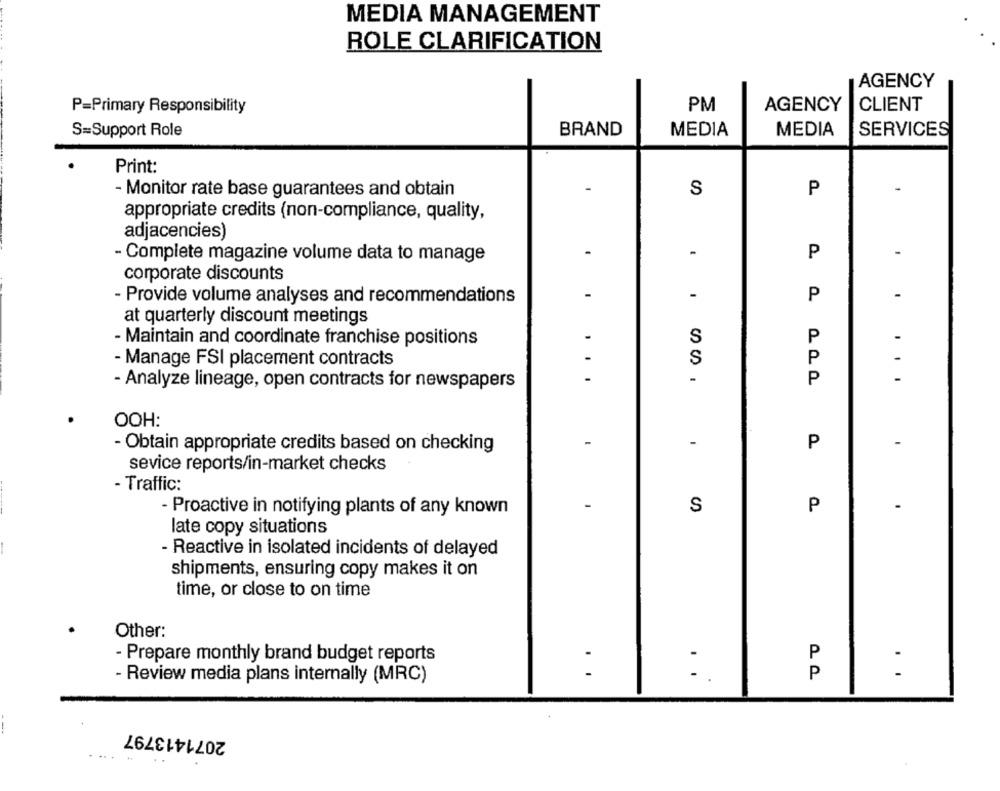
MEDIA MANAGEMENT
ROLE CLARIFICATION
AGENCY
P=Primary Responsibility
PM
AGENCY
CLIENT
S=Support Role
BRAND
MEDIA
MEDIA
SERVICES
Print:
- Monitor rate base guarantees and obtain
S
P
appropriate credits (non-compliance, quality,
adjacencies)
-
P
-
- Complete magazine volume data to manage
corporate discounts
- Provide volume analyses and recommendations
-
P
-
at quarterly discount meetings
S
P
-
- Maintain and coordinate franchise positions
- Manage FSI placement contracts
S
P
. .
P
- Analyze lineage, open contracts for newspapers
OOH:
-
-
P
-
- Obtain appropriate credits based on checking
sevice reports/in-market checks
- Traffic:
P
- Proactive in notifying plants of any known
S
late copy situations
- Reactive in isolated incidents of delayed
shipments, ensuring copy makes it on
time, or close to on time
Other:
- Prepare monthly brand budget reports
P
- Review media plans internally (MRC)
P
..
---
2071413797